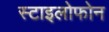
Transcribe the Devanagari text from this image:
स्टाइलोफोन